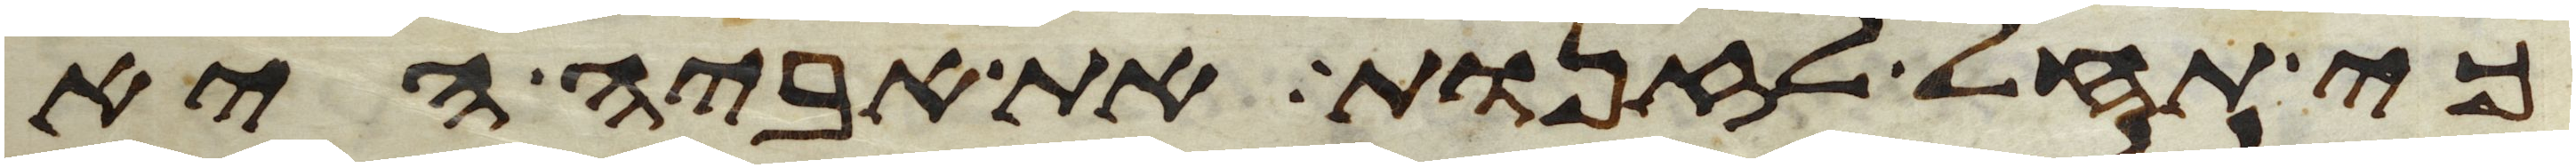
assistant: כי תחל לזנות את אביה היא